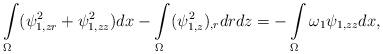
LaTeX: \begin{align*}\intop_\Omega(\psi_{1,zr}^2+\psi_{1,zz}^2)dx-\intop_\Omega(\psi_{1,z}^2)_{,r}drdz= -\intop_\Omega\omega_1\psi_{1,zz}dx,\end{align*}